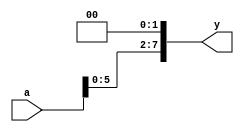
`timescale 1ns / 1ps

module sl2 #(parameter WIDTH = 8)(
	input wire[WIDTH-1:0] a,
	output wire[WIDTH-1:0] y
    );
	assign y = {a[WIDTH-3:0],2'b00};
endmodule